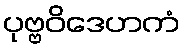
ပုဗ္ဗဝိဒေဟကံ